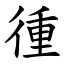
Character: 㣫